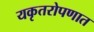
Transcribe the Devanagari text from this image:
यकृतरोपणात